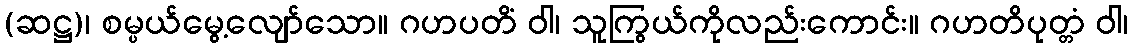
(ဆဋ္ဌ)၊ စမ္ပယ်မွေ့လျော်သော။ ဂဟပတိံ ဝါ၊ သူကြွယ်ကိုလည်းကောင်း။ ဂဟတိပုတ္တံ ဝါ၊